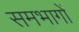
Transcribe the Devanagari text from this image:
समभागों